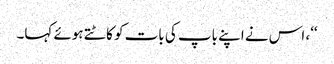
‘‘، اس نے اپنے باپ کی بات کو کاٹتے ہوئے کہا۔